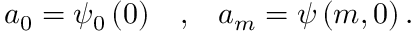
a _ { 0 } = \psi _ { 0 } \left( 0 \right) \; \; \; , \; \; \; a _ { m } = \psi \left( m , 0 \right) .